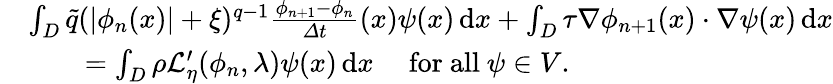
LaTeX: \begin{array}{rl}&{\int_{D}\tilde{q}(|\phi_{n}(x)|+\xi)^{q-1}\frac{\phi_{n+1}-\phi_{n}}{\varDelta t}(x){\psi}(x)\, \mathrm{d}x+\int_{D}\tau\nabla\phi_{n+1}(x)\cdot\nabla{\psi}(x)\, \mathrm{d}x}\\ &{\qquad=\int_{D}\rho\mathcal{L}_{\eta}^{\prime}(\phi_{n},\lambda)\psi(x)\, \mathrm{d}x\quad\mathrm{~for~all~}\psi\in V.}\end{array}